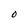
Character: O